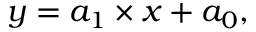
y = a _ { 1 } \times x + a _ { 0 } ,